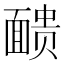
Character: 𫖃